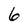
Character: 6